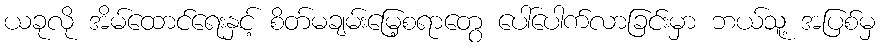
ယခုလို အိမ်ထောင်ရေးနှင့် စိတ်မချမ်းမြေ့စရာတွေ ပေါ်ပေါက်လာခြင်းမှာ ဘယ်သူ့ အပြစ်မှ